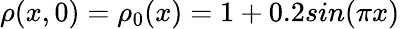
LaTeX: \rho(x,0)=\rho_{0}(x)=1+0.2sin(\pi x)